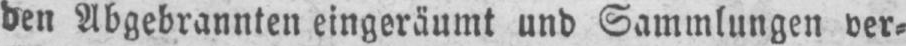
den Abgebrannten eingeräumt und Sammlungen ver⸗